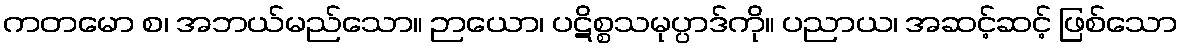
ကတမော စ၊ အဘယ်မည်သော။ ဉာယော၊ ပဋိစ္စသမုပ္ပာဒ်ကို။ ပညာယ၊ အဆင့်ဆင့် ဖြစ်သော